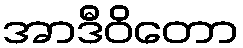
အာဒီဝိတော